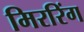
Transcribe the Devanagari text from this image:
मिररिंग